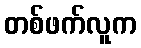
တစ်ဖက်လူက